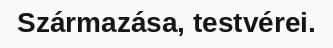
Származása, testvérei.